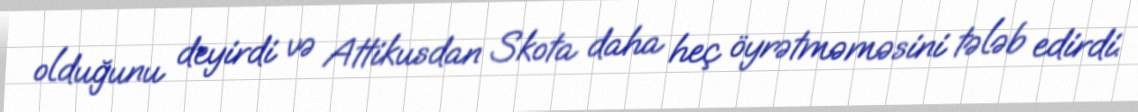
olduğunu deyirdi və Attikusdan Skota daha heç öyrətməməsini tələb edirdi.